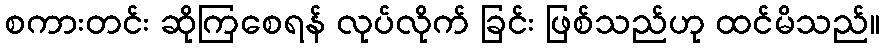
စကားတင်း ဆိုကြစေရန် လုပ်လိုက် ခြင်း ဖြစ်သည်ဟု ထင်မိသည်။